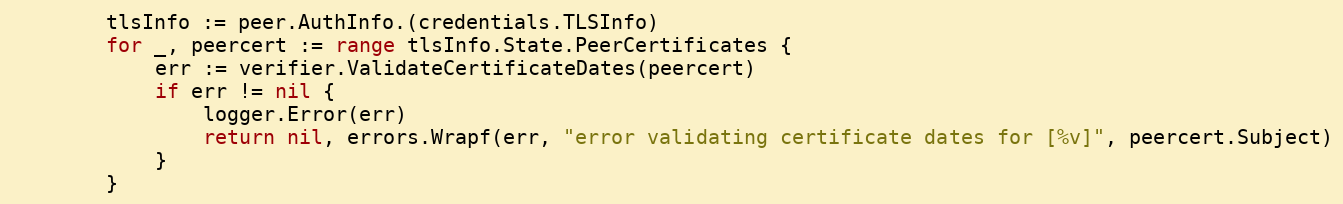
Language: Go
		tlsInfo := peer.AuthInfo.(credentials.TLSInfo)
		for _, peercert := range tlsInfo.State.PeerCertificates {
			err := verifier.ValidateCertificateDates(peercert)
			if err != nil {
				logger.Error(err)
				return nil, errors.Wrapf(err, "error validating certificate dates for [%v]", peercert.Subject)
			}
		}